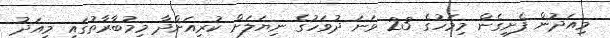
މިއަދުން ފެށިގެން މިމަހުގެ 23 ވަނަ ދުވަހުގެ ނިޔަލަށް ކުރިއަށްދާ މިމުބާރާތުގައި މިއަދު